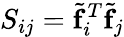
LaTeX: S_{ij}={\widetilde{\mathbf f}}_{i}^{T}{\widetilde{\mathbf f}}_{j}